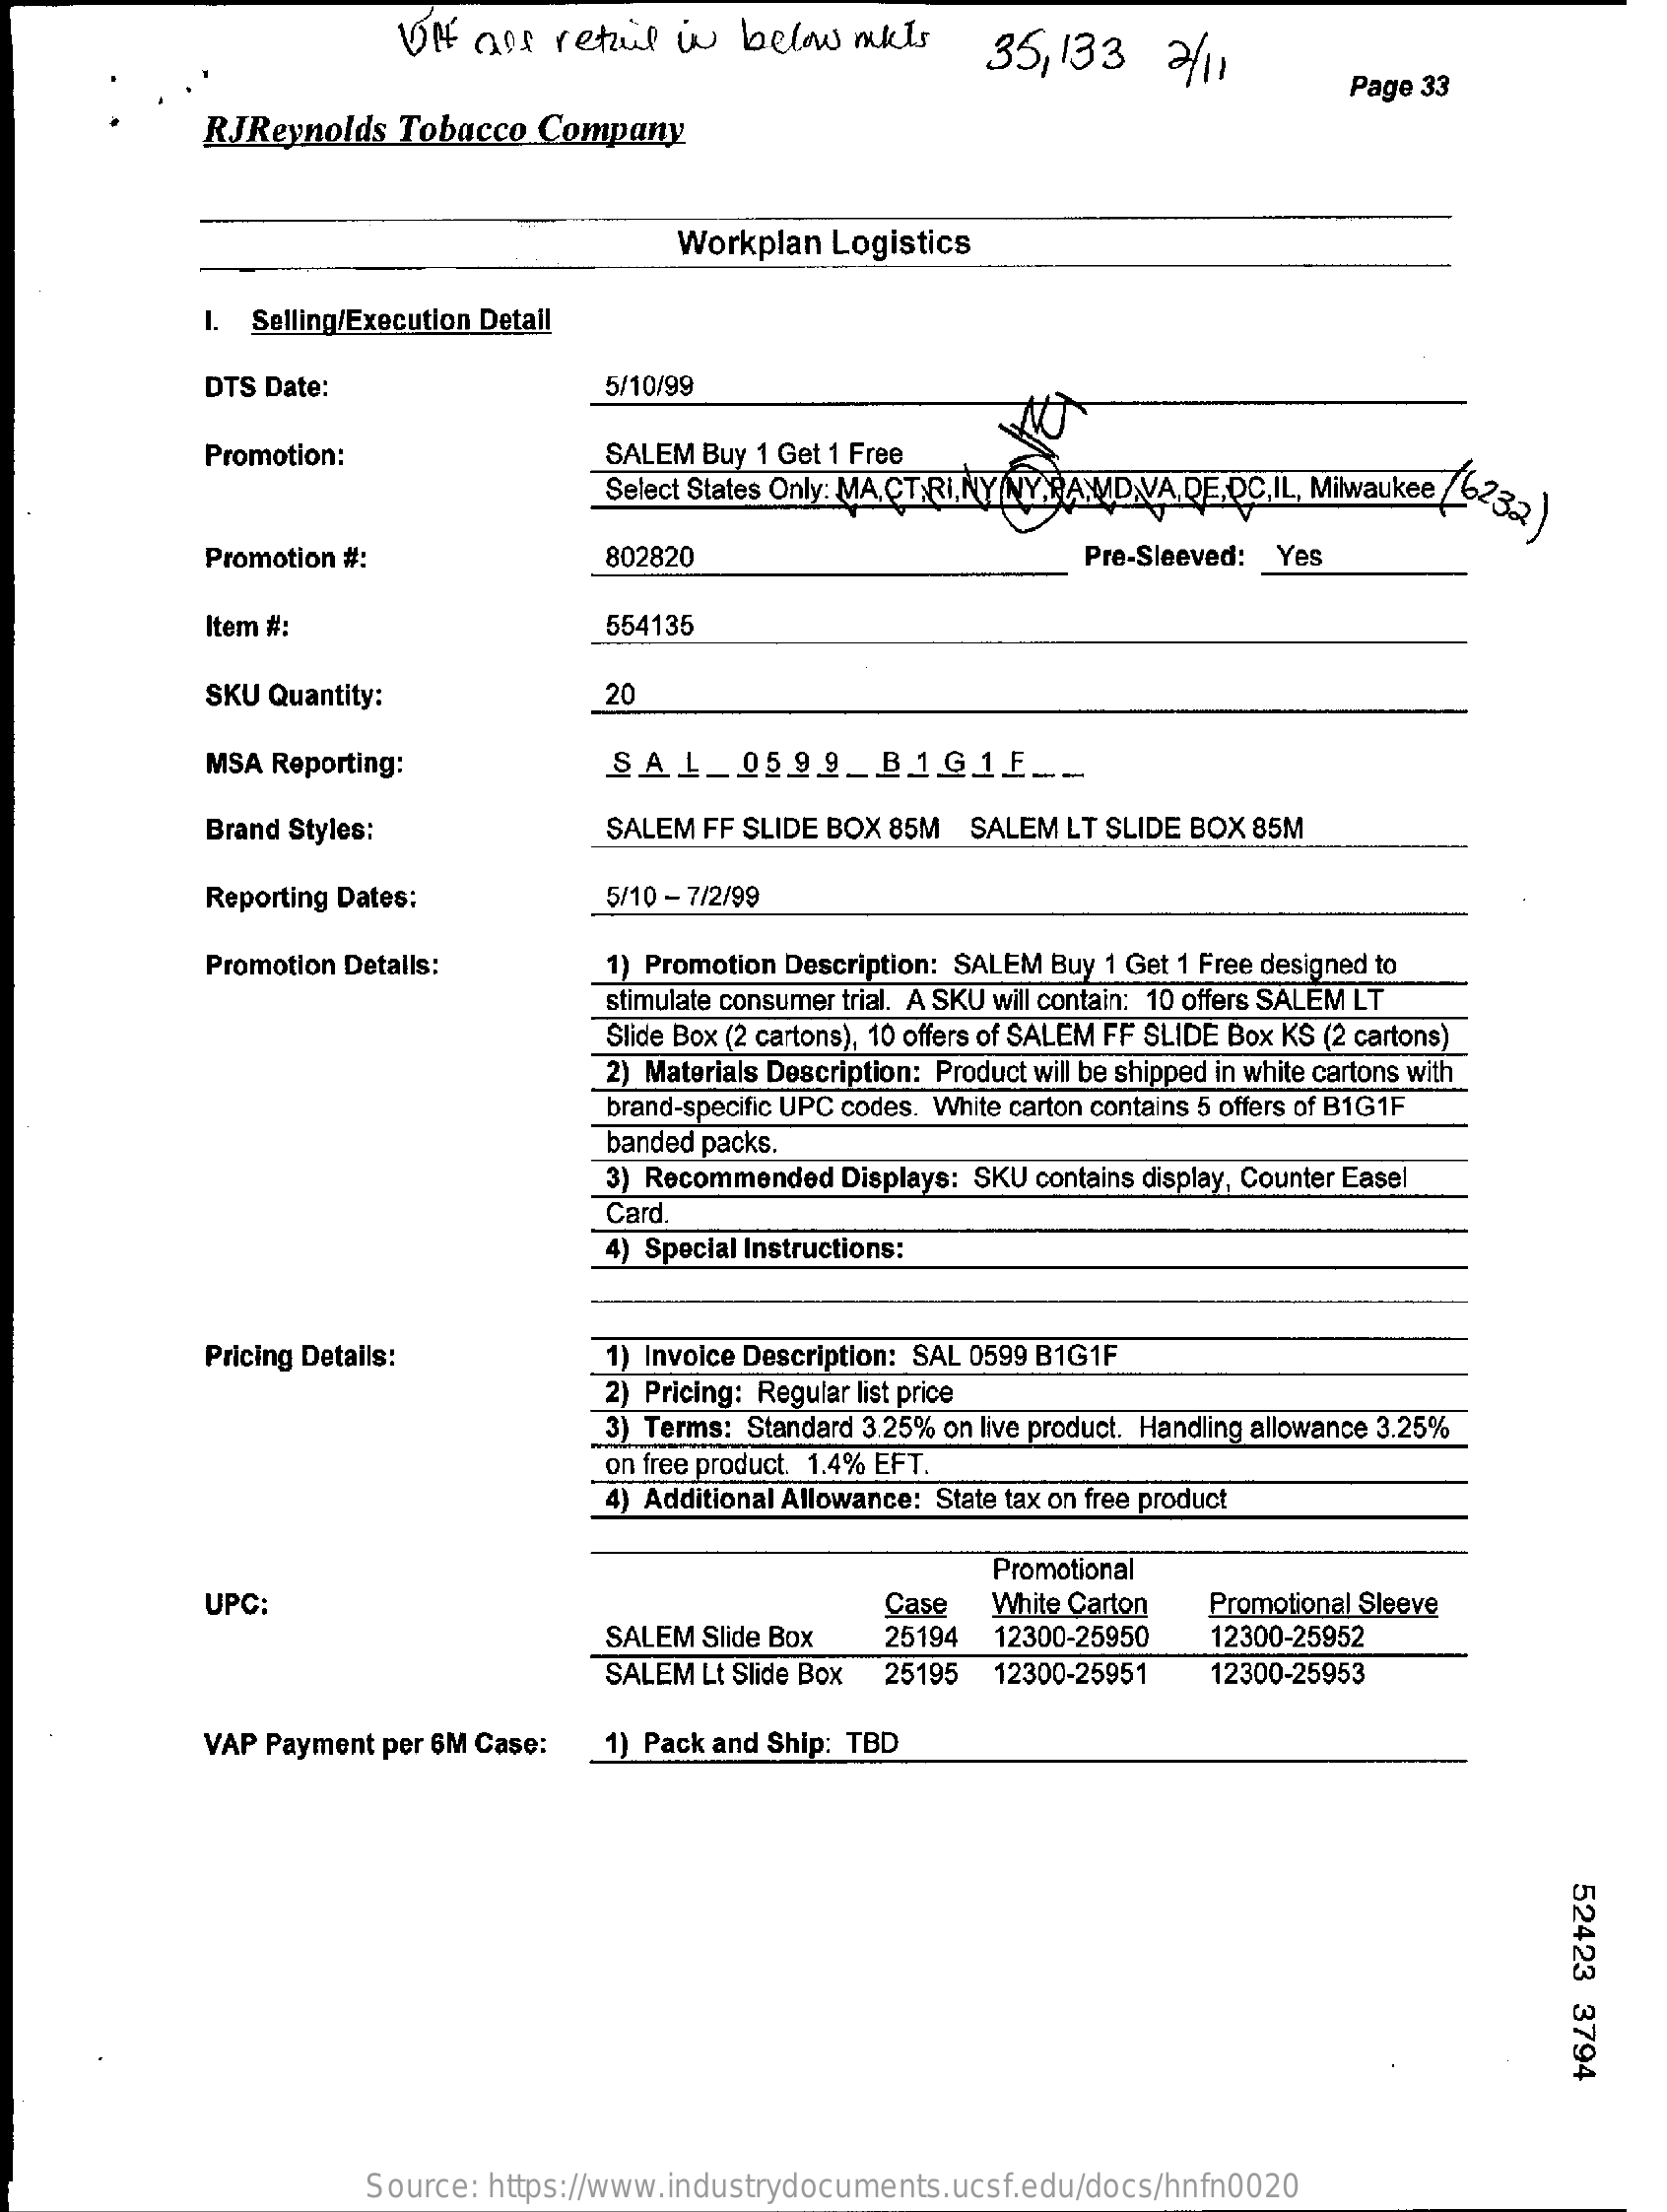
UH aos  retail in below  mats    35,133   2/11
     Page 33
     RJReynolds Tobacco Company
     Workplan Logistics
     I. Selling/Execution Detail
     DTS Date:    5/10/99
     Promotion:    SALEM Buy 1 Get 1 Free
     Select States Only: MA.CTRI.NY NY.RAMID.VA.DETDC,IL, Milwaukee /623
     Promotion #:    802820    Pre-Sleeved: Yes
     Item #:    554135
     SKU Quantity:    20
     MSA Reporting:    SAL_0599_B1G1E    ___
     Brand Styles:    SALEM FF SLIDE BOX 85M SALEM LT SLIDE BOX 85M
     Reporting Dates:    5/10 - 7/2/99
     Promotion Details:    1) Promotion Description: SALEM Buy 1 Get 1 Free designed to
     stimulate consumer trial. A SKU will contain: 10 offers SALEM LT
     Slide Box (2 cartons), 10 offers of SALEM FF SLIDE Box KS (2 cartons)
     2) Materials Description: Product will be shipped in white cartons with
     brand-specific UPC codes. White carton contains 5 offers of B1G1F
     banded packs.
     3) Recommended Displays: SKU contains display, Counter Easel
     Card
     4) Special Instructions:
     Pricing Details:    1) Invoice Description: SAL 0599 B1G1F
     2) Pricing: Regular list price
     3) Terms: Standard 3.25% on live product. Handling allowance 3.25%
     on free product. 1.4% EFT.
     4) Additional Allowance: State tax on free product
     Promotional
     UPC:    Case  White Carton Promotional Sleeve
     SALEM Slide Box 25194 12300-25950 12300-25952
     SALEM Lt Slide Box 25195 12300-25951 12300-25953
     VAP Payment per 6M Case: 1) Pack and Ship: TBD
     52423
     3794
     Source: https://www.industrydocuments.ucsf.edu/docs/hnfn0020